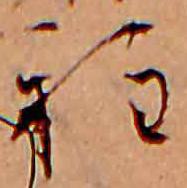
程